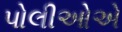
પોલીઓએ